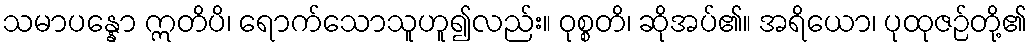
သမာပန္နော ဣတိပိ၊ ရောက်သောသူဟူ၍လည်း။ ဝုစ္စတိ၊ ဆိုအပ်၏။ အရိယော၊ ပုထုဇဉ်တို့၏